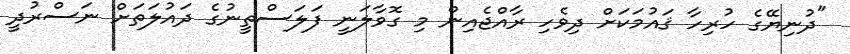
"ދުނިޔޭގެ ހުރިހާ ޤައުމަކަށް ދިވެހި ރާއްޖެއިން މި ގޮވާލަނީ ފަލަސްތީނުގެ ދައުލަތަށް ނަސްރުދީ